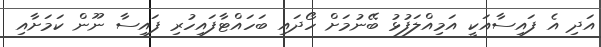
އަދި އެ ފައިސާއަކީ އަމިއްލަފުޅު ބޭނުމަށް ހޯދައި ބަހައްޓާފައިހުރި ފައިސާ ނޫން ކަމަށާއި